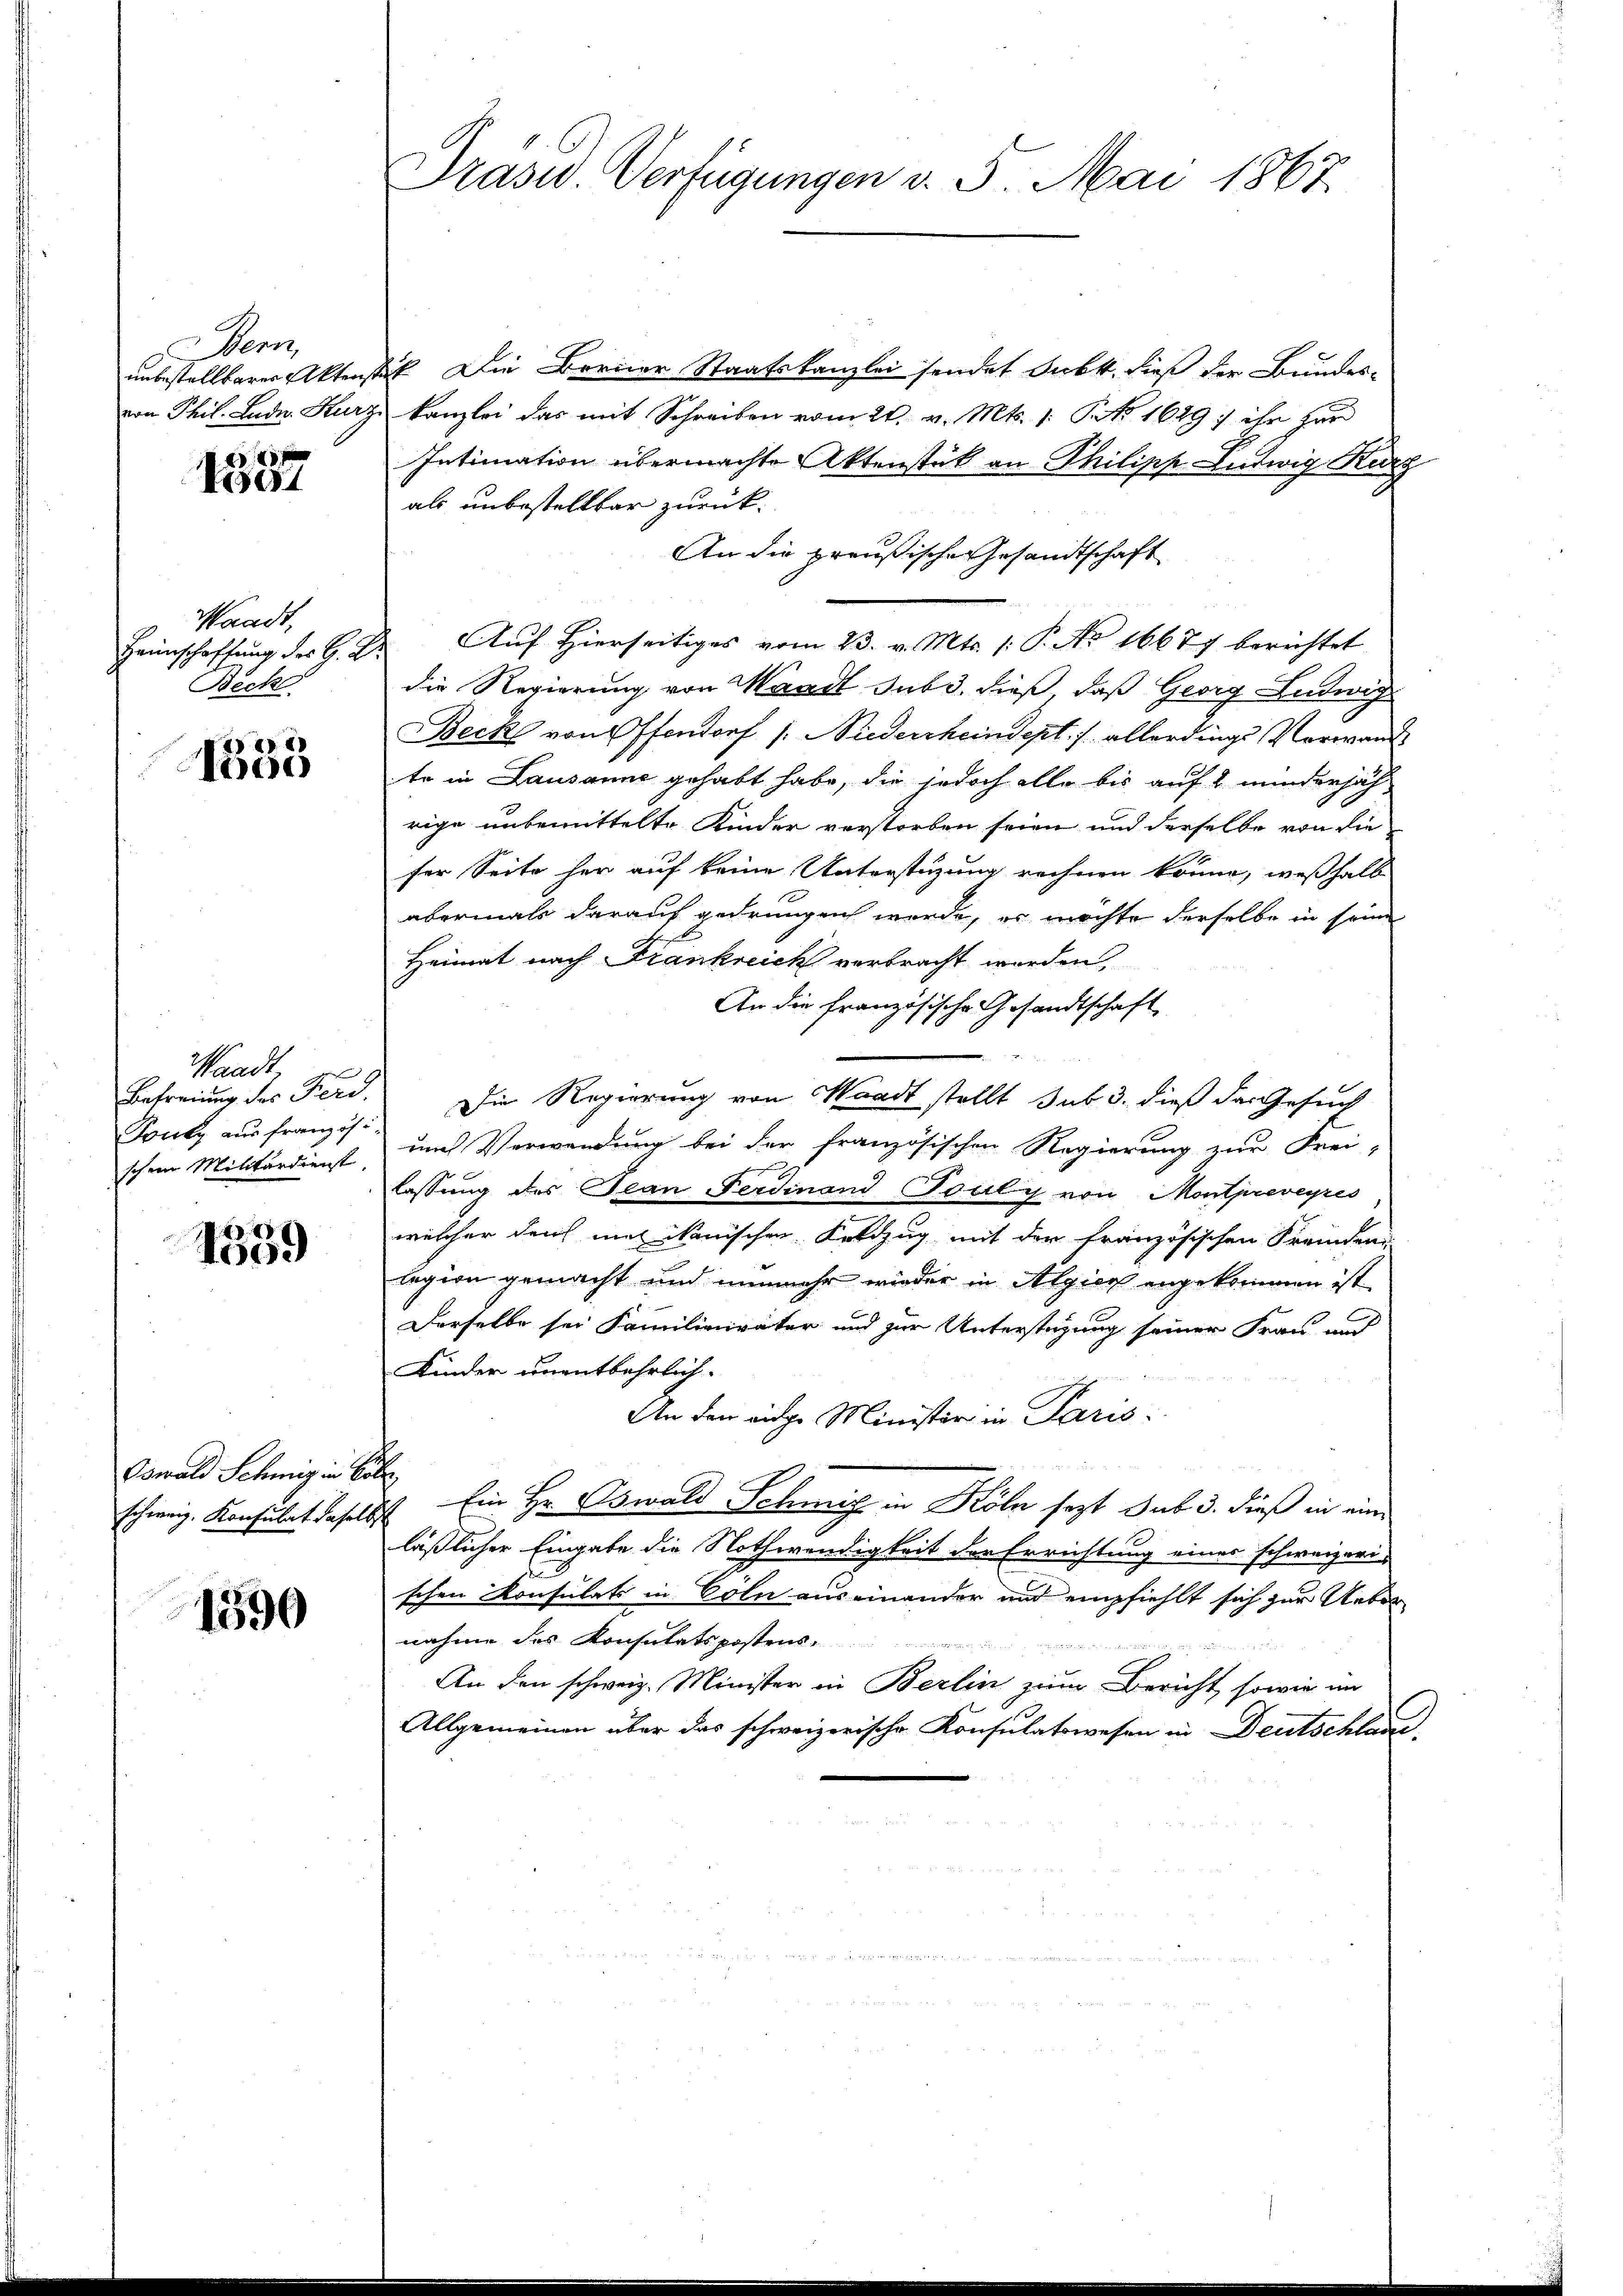
Penz
21/20 x

Ne

Waadt,
Heimschaffung des G. B.
Bech

8
190

Waadt
e
Befreiung des Ferd.
Toncy aus französ

1359

Oswald Schweig in Col

1590

Prasid. Verfügungen v. 5. Mai 1867

unbestellbarer Aktenstück Die Berner Staatskanzlei sendet Subk., dieß der Bundes-
von Phil. Lade. Kurz kanzlei das mit Schreiben vom 21. v. Mts. 1 Pkt. 1649; ihr Her
Intimation übermachte Aktenstück an Philipp Entwig Kurz
als unbestelltar zurück-
An die preußische Gesandtschaft
 Auf Hierseitiges vom 23. v. Mts. 1: P. No 16677 berichtet
die Regierung von Waadt sub 3. dieß, daß Georg Ludwig
Beck von Offendorf /: Niederrheindept./. allerdings Vorwandte in Lausanne gehabt habe, die jedoch alle bis auf 2 minderjäh
rige unbemittelte Kinder verstorben seien und derselbe von die
ser Seite her auf keine Unterstüzung rechnen könne, weßhalb
abermals darauf gedrungen werde, es möchte derselbe in seine
Heimat nach Frankreich verbracht worden,
An die französische Gesandtschaft
Die Regierung von Waadt stellt sub 3. dieß das Gesuch
schen Militärdienst um Verwendung bei der französischen Regierung zur Frei-
lassung des Tean Ferdinand Touly von Montpreveyres
welcher durch mal ikanischen Koldzug mit der französischen Freiden
legion gemacht und nunmehr wieder in Algien angekommen ist
Derselbe sei Familienvater und zur Unterstüzung seiner Frau und
Kinder unentbehrlich.
An den eidge Minister in Paris
schweiz. Konsulat daselbst Ein Hr. Oswald Schmiz in Köln sezt sub 3. dieß in eine
läßlicher Eingabe die Nothwendigkeit der Errichtung eines schweizeri-
schen Konsulats in Cöln auseinander und empfiehlt sich zur Ueber
nahme des Konsulats postens-

An den schweiz. Minister in Berlin zum Bericht, sowie im
Allgemeinen über das schweizerische Konsulatswesen in Deutschlauc